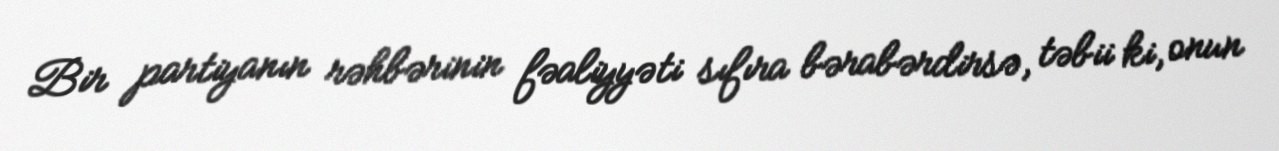
Bir partiyanın rəhbərinin fəaliyyəti sıfıra bərabərdirsə, təbii ki, onun